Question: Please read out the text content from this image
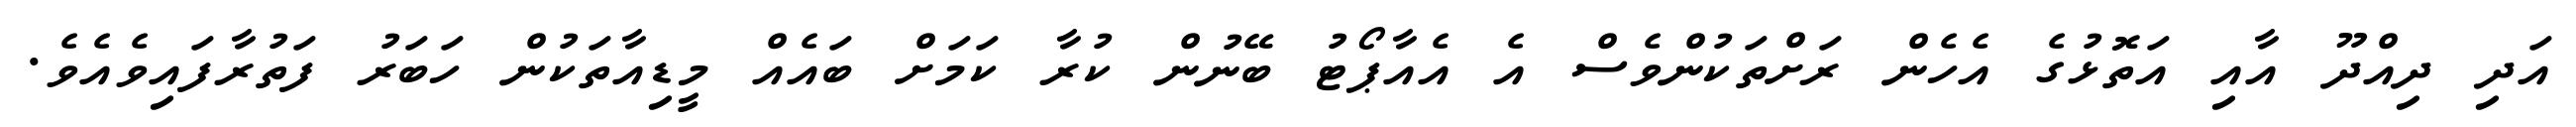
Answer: އަދި ދިއްދޫ އާއި އަތޮޅުގެ އެހެން ރަށްތަކުންވެސް އެ އެއާޕޯޓު ބޭނުން ކުރާ ކަމަށް ބައެއް މީޑިއާތަކުން ހަބަރު ފަތުރާފައިވެއެވެ.